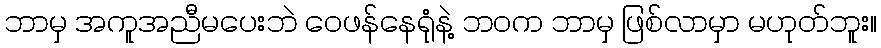
ဘာမှ အကူအညီမပေးဘဲ ဝေဖန်နေရုံနဲ့ ဘဝက ဘာမှ ဖြစ်လာမှာ မဟုတ်ဘူး။